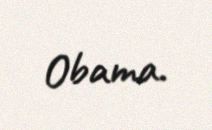
Obama.